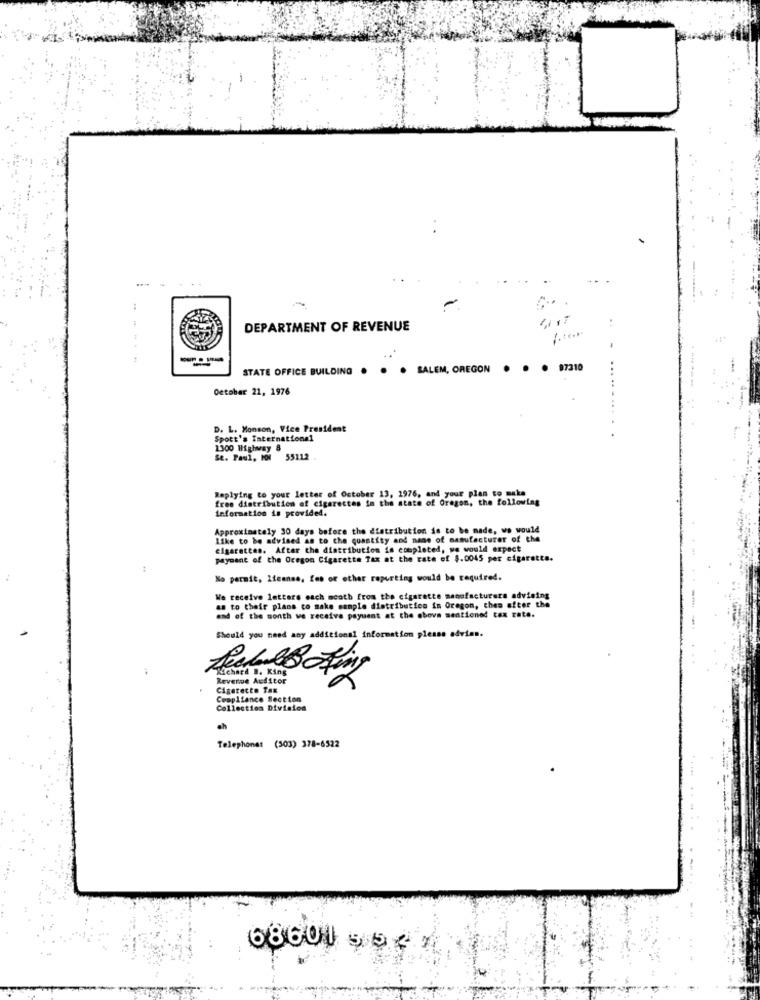
:
DEPARTMENT OF REVENUE
----
STATE OFFICE BUILDING .
. SALEM, OREGON .
. 97310
October 21, 1976
D. L. Honson, Vice President
Sport's International
1300 Highway 8
Se. Paul, HO1 55112
Replying to your letter of October 13, 1976, and your plan to make
free distribution of cigarettes in the state of Oregon, the following
information is provided.
Approximately 30 days before the distribution is to be made, we would
Like to be advised as to che quantity and name of manufacturer of the
cigarettes. After the distribution is completed, we would expect
payment of the Oregon Cigarette Tax at the rate of $.0045 per cigarette.
No permit, Ifeense, fes or other reporting would be required.
We receive letters each scoth from the cigarette manufacturers advising
as to their plans co make sample distribution in Oregon, then after the
of the month we receive payuent at the above mentioned tax rate.
Should you need any additional information please advies.
Real &B King
Revenue Auditor
Cigarette Tax
Compliance Section
Collection Division
ch
Telephone: (503) 378-6522
68601 $5-7